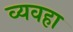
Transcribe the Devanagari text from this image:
व्यवहा